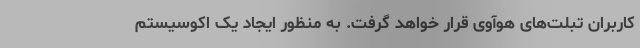
کاربران تبلت‌های هوآوی قرار خواهد گرفت. به منظور ایجاد یک اکوسیستم